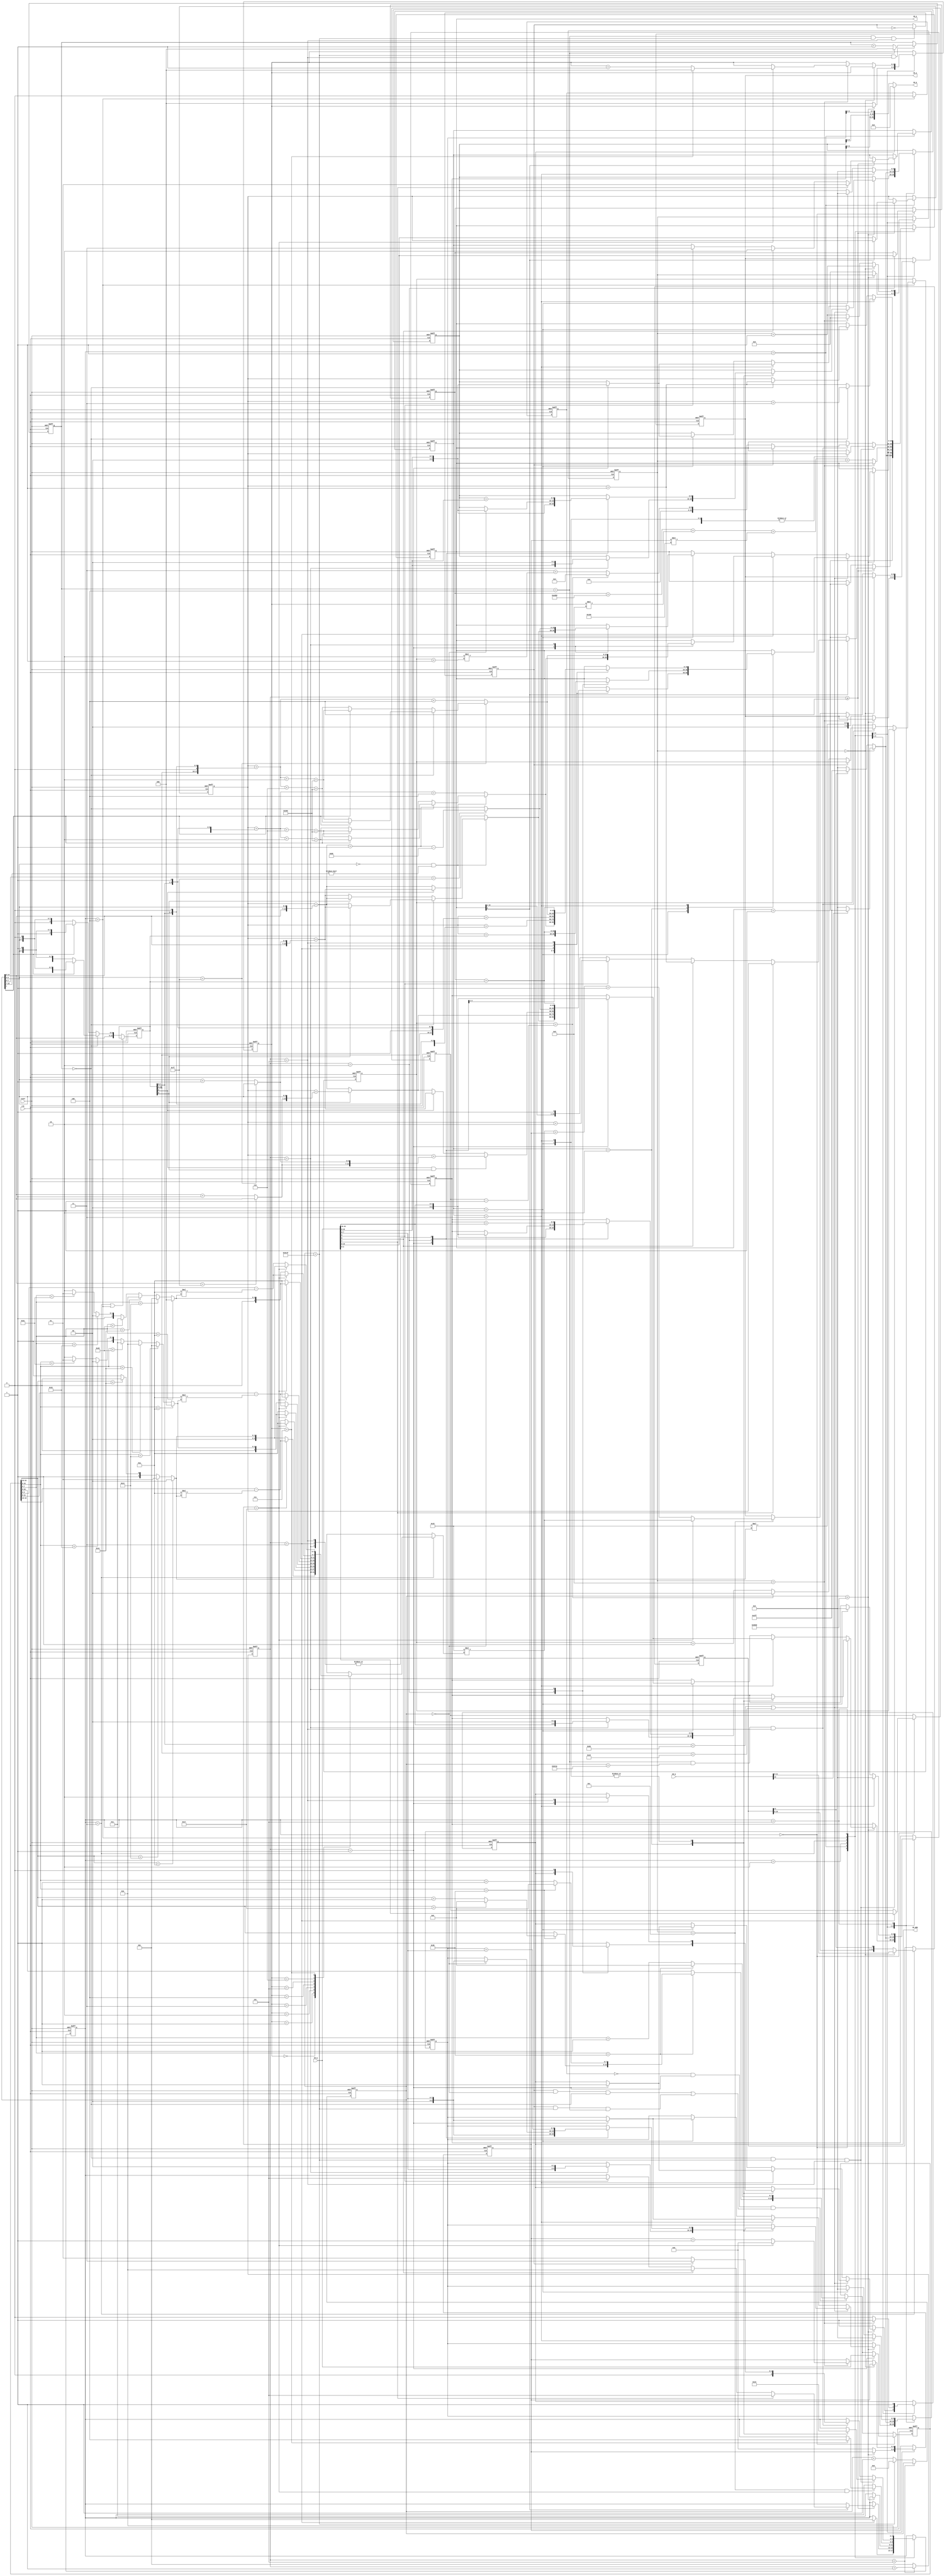

module DPA (clk,reset,IM_A, IM_Q,IM_D,IM_WEN,CR_A,CR_Q);
    input clk;
    input reset;
    output [19:0] IM_A;
    input [23:0] IM_Q;
    output [23:0] IM_D;
    output IM_WEN;      // low for write data
    output [8:0] CR_A;
    input [12:0] CR_Q;

    localparam INIT = 0;        // Get initial time, address of frame buffer, photo number
    localparam READ_HD = 1;     // Get address and size of the photo 
    localparam TRAN = 2;        // Transition
    localparam UPDATE_CLK = 3;  // Update CLK
    localparam WAIT = 4;
    localparam DUMMY = 5;       // dummy stage

    localparam HALF_TRAN = 32768; // 128*256
    localparam BASE_ADDR = 3;  // Beginning of the photo information
    localparam COLON = 10;
    localparam ROW_NUM = 24;

    localparam CLK_BASE_ADDR = 59544; // 256*232 + 152

    reg IM_WEN_w, IM_WEN_r;
    reg e_sec_w, e_sec_r;               // At even second, time should be add 1 second in advance.
    reg [2:0]  state_w, state_r;
    reg [2:0]  s_cnt_r, s_cnt_w;        // small count
    reg [15:0] b_cnt_r, b_cnt_w;        // big count, b_cnt_r = 40000 => 0.2 sec passed.
    reg [2:0]  cnt5_r, cnt5_w;          // if cnt5_r == 5 => 1 sec passed
    reg [19:0] addr_r, addr_w;          // I/O address
    reg [8:0]  ch_addr_r, ch_addr_w;    // Char I/O
    reg [23:0] time_w, time_r;          // Display time
    reg [19:0] FB_addr_w, FB_addr_r;
    reg [2:0]  p_num_w, p_num_r;        // photo number
    reg [19:0] p_addr_w, p_addr_r;      // current photo address
    reg [1:0]  p_size_w, p_size_r;      // current photo size
    reg [1:0]  photo_id_w, photo_id_r;  // current photo id
    reg [11:0] bitmap_w, bitmap_r;      // Buffer for input row of bit map
    reg [2:0]  char_cnt_w, char_cnt_r;  // count for 8 characters => hh:mm:ss
    reg [3:0]  bit_cnt_w, bit_cnt_r;    // count for 13 output pixel
    reg [4:0]  row_cnt_w, row_cnt_r;    // count for 24 rows of bit map for 1 character

    reg [15:0] output_id_w, output_id_r;        // output index for frame buffer

    // buffer (2 additional bits to prevent overflow)
    reg [9:0] red_w, red_r;
    reg [9:0] green_w, green_r;
    reg [9:0] blue_w, blue_r;

    reg [3:0] char_sel;
    reg  first_w, first_r;    // first phtot or not

    // Address offset
    wire [15:0] addr_128_0, addr_128_1, addr_128_2, addr_128_3;
    wire [17:0] addr_512_0, addr_512_1, addr_512_2, addr_512_3;
    wire [6:0]  row_128, col_128;               // edge detection for 128x128 image
    wire [3:0]  hr1, hr0, min1, min0, sec1, sec0;

    assign sec1 = (time_r[7:0]< 8'd10)? 0:
                  (time_r[7:0]< 8'd20)? 1:
                  (time_r[7:0]< 8'd30)? 2:
                  (time_r[7:0]< 8'd40)? 3:
                  (time_r[7:0]< 8'd50)? 4:
                  (time_r[7:0]< 8'd60)? 5: 6; // 6 is used to detect error;
    assign sec0 = time_r[7:0] - 10*sec1;

    assign min1 = (time_r[15:8]< 8'd10)? 0:
                  (time_r[15:8]< 8'd20)? 1:
                  (time_r[15:8]< 8'd30)? 2:
                  (time_r[15:8]< 8'd40)? 3:
                  (time_r[15:8]< 8'd50)? 4:
                  (time_r[15:8]< 8'd60)? 5: 6; // 6 is used to detect error;
    assign min0 = time_r[15:8] - 10*min1;

    assign hr1 = (time_r[23:16]< 8'd10)? 0:
                 (time_r[23:16]< 8'd20)? 1:
                 (time_r[23:16]< 8'd30)? 2: 3; // 3 is used to detect error;
    assign hr0 = time_r[23:16] - 10*hr1;

    // Address offset for photo size = 128x128
    assign row_128 = (b_cnt_r[14:8]==7'd127)? b_cnt_r[14:8]: b_cnt_r[14:8] + 1'b1;
    assign col_128 = (b_cnt_r[6:0]==7'd127)? b_cnt_r[6:0]: b_cnt_r[6:0] + 1'b1;

    assign addr_128_0 = {b_cnt_r[14:8], b_cnt_r[6:0]};  // left  & up
    assign addr_128_1 = {b_cnt_r[14:8], col_128};       // right & up
    assign addr_128_2 = {row_128, b_cnt_r[6:0]};        // left  & down
    assign addr_128_3 = {row_128, col_128};             // right & down

    // Adress offset for photo size = 512x512
    assign addr_512_0 = {output_id_r[15:8], 1'b0, output_id_r[7:0], 1'b0};
    assign addr_512_1 = {output_id_r[15:8], 1'b0, output_id_r[7:0], 1'b1};
    assign addr_512_2 = {output_id_r[15:8], 1'b1, output_id_r[7:0], 1'b0};
    assign addr_512_3 = {output_id_r[15:8], 1'b1, output_id_r[7:0], 1'b1};

    assign IM_A = addr_r;
    assign CR_A = ch_addr_r;
    assign IM_D = (IM_WEN_r)? 24'b0: {red_r[9:2], green_r[9:2], blue_r[9:2]};
    assign IM_WEN = IM_WEN_r;

    always@(*) begin
        state_w = state_r;
        addr_w = addr_r;
        time_w = time_r;
        ch_addr_w = ch_addr_r;
        FB_addr_w = FB_addr_r;
        p_num_w = p_num_r;
        p_addr_w = p_addr_r;
        p_size_w = p_size_r;
        IM_WEN_w = IM_WEN_r;
        red_w = red_r;
        green_w = green_r;
        blue_w = blue_r;
        photo_id_w = photo_id_r;
        e_sec_w = e_sec_r;
        bitmap_w = bitmap_r;
        char_cnt_w = char_cnt_r;
        bit_cnt_w = bit_cnt_r;
        row_cnt_w = row_cnt_r;
        first_w = first_r;
        char_sel = 4'b0;

        // Update output_id
        // check if it is in 0.2 sec ==>
        // check if it is odd row
        if (state_r == UPDATE_CLK || state_r == WAIT) begin
            output_id_w = output_id_r;
        end else begin
            if (cnt5_r==3'd0) begin
                output_id_w = (b_cnt_r[7])? {b_cnt_r[14:0], 1'b0} : {b_cnt_r[14:0], 1'b1};
            end else begin
                output_id_w = (b_cnt_r[7])? {b_cnt_r[14:0], 1'b1} : {b_cnt_r[14:0], 1'b0};
            end
        end

        // Update s_cnt && b_cnt
        if (s_cnt_r < 3'd5) begin
            s_cnt_w = s_cnt_r + 1'b1;
            b_cnt_w = b_cnt_r;
        end else begin
            s_cnt_w = 3'd1;
            b_cnt_w = (b_cnt_r == 16'd39999)? 16'd0: b_cnt_r + 1'b1;
        end

        // Update cnt5
        if (b_cnt_r == 16'd39999 && s_cnt_r==3'd5) begin
            cnt5_w = (cnt5_r == 3'd4)? 3'd0: cnt5_r + 1'b1;
        end else begin
            cnt5_w = cnt5_r;
        end
        
        // Update time:
        // 1. If it is in even second, update clk in advance, excluding the
        // first displayed photo
        // (s_cnt_r==3'd1; b_cnt_r==16'd0; cnt5_r == 3'd4)
        // 2. If it is in odd second, update clk on time
        // (s_cnt_r==3'd1; b_cnt_r==16'd39999; cnt5_r == 3'd4)

        if (~first_r && s_cnt_r==3'd1 && ((e_sec_r && b_cnt_r==16'd0 && cnt5_r==3'd0) || (e_sec_r && b_cnt_r==16'd39999 && cnt5_r==3'd4))) begin
            if (time_r[7:0] == 8'd59) begin             // Check sec
                time_w[7:0] = 8'd0;
                if (time_r[15:8] == 8'd59) begin        // Check min
                    time_w[15:8] = 8'd0;
                    if (time_r[23:16] == 8'd23) begin   // Checl hour
                        time_w[23:16] = 8'd0;
                    end else begin
                        time_w[23:16] = time_r[23:16] + 1'b1;
                    end
                end else begin
                    time_w[15:8] = time_r[15:8] + 1'b1;
                end
            end else begin
                time_w[7:0] = time_r[7:0] + 1'b1;
            end
        end else begin
            time_w = time_r;
        end

        // Update "it is even second or not"
        if (cnt5_r == 3'd4 && b_cnt_r==16'd39999 && s_cnt_r==3'd5) begin
            e_sec_w = ~e_sec_r;
        end else begin
            e_sec_w = e_sec_r;
        end

        case(state_r)
            INIT: begin
                addr_w = addr_r + 1'b1;
                case(s_cnt_r)
                    3'd1: time_w = IM_Q;
                    3'd2: FB_addr_w = IM_Q[19:0];
                    3'd3: begin
                        p_num_w = IM_Q[2:0];
                        state_w = READ_HD;
                    end
                    default: begin
                    end
                endcase
            end
            ////
            READ_HD: begin
                if (s_cnt_r >= 3'd4) begin
                    if (!addr_r[0]) begin // s_cnt_r = 3'd4
                        addr_w = addr_r + 1'b1;
                        p_addr_w = IM_Q[19:0];
                    end else begin       // s_cnt_r = 3'd5
                        if (IM_Q[7]) begin
                            p_size_w = 2'b01; // size: 128x128
                            addr_w = p_addr_r;
                            state_w = DUMMY;
                        end else if (IM_Q[8]) begin
                            p_size_w = 2'b10; // size: 256x256
                            addr_w = p_addr_r + 1'b1;
                            state_w = TRAN;
                        end else if (IM_Q[9]) begin
                            p_size_w = 2'b11; // size: 512x512
                            addr_w = p_addr_r + 2'd2;
                            state_w = DUMMY;
                        end
                    end
                end else begin
                    if (s_cnt_r==3'd3) begin
                        addr_w = addr_r + 1'b1;
                    end
                    state_w = state_r;
                end
            end
            ////
            TRAN: begin // At the beginning, b_cnt_r = 0
                if (b_cnt_r < HALF_TRAN) begin
                    if (output_id_r[7:0] < 8'd152 || output_id_r[15:8] < 8'd232) begin
                        case(p_size_r)
                            2'b01: begin  // 128x128
                                case(s_cnt_r)
                                    3'd1: begin  // output_stage & b_cnt_r change
                                        red_w = IM_Q[23:16];
                                        green_w = IM_Q[15:8];
                                        blue_w = IM_Q[7:0];
                                        IM_WEN_w = 1'b1;
                                        if (b_cnt_r[6:0]==7'd0 && b_cnt_r[15:7]!=9'd0) begin
                                            if (cnt5_r==3'd0) begin
                                                addr_w = (output_id_r[8])? // odd row
                                                         p_addr_r + addr_128_1:
                                                         p_addr_r + addr_128_0;
                                            end else begin
                                                addr_w = (output_id_r[8])? // odd row
                                                         p_addr_r + addr_128_0:
                                                         p_addr_r + addr_128_1;
                                            end
                                        end else begin
                                            if (output_id_r[0]) begin  // odd column
                                                addr_w =  p_addr_r + addr_128_1;
                                            end else begin
                                                addr_w =  p_addr_r + addr_128_0;
                                            end
                                        end
                                    end
                                    3'd2: begin // output_id_r change
                                        if (b_cnt_r ==16'b0) begin
                                            red_w = IM_Q[23:16];                                                                                        
                                            green_w = IM_Q[15:8];
                                            blue_w = IM_Q[7:0];
                                        end else begin
                                            red_w = red_r; 
                                            green_w = green_r;
                                            blue_w = blue_r;
                                        end
                                        ////
                                        if (output_id_r[8]) // odd row
                                            addr_w = p_addr_r + addr_128_2;
                                        else
                                            addr_w = p_addr_r + addr_128_0;
                                    end
                                    3'd3: begin
                                        red_w = red_r + IM_Q[23:16];
                                        green_w = green_r + IM_Q[15:8];
                                        blue_w = blue_r + IM_Q[7:0];
                                        ////
                                        if (output_id_r[0] && output_id_r[8]) // odd column & odd row
                                            addr_w = p_addr_r + addr_128_3;
                                        else begin
                                            if (output_id_r[0]) // odd column & even row
                                                addr_w = p_addr_r + addr_128_1;
                                            else if (output_id_r[8]) // even column & odd row
                                                addr_w = p_addr_r + addr_128_2;
                                            else    // even column & even row
                                                addr_w = p_addr_r + addr_128_0;
                                        end
                                    end
                                    3'd4: begin
                                        red_w = red_r + IM_Q[23:16];
                                        green_w = green_r + IM_Q[15:8];
                                        blue_w = blue_r + IM_Q[7:0];
                                        if (b_cnt_r[7:0]==8'd127) begin
                                            addr_w = p_addr_r + addr_128_0 + 1'b1 - 8'd128;
                                        end else begin
                                            addr_w = p_addr_r + addr_128_0 + 1'b1;
                                        end
                                    end
                                    3'd5: begin
                                        red_w = red_r + IM_Q[23:16];
                                        green_w = green_r + IM_Q[15:8];
                                        blue_w = blue_r + IM_Q[7:0];
                                        IM_WEN_w = 1'b0;
                                        addr_w = FB_addr_r + output_id_r;
                                    end
                                    default: begin
                                    end
                                endcase
                            end
                            2'b10: begin // size: 256x256
                                case(s_cnt_r)
                                    3'd2: begin
                                        addr_w = p_addr_r + output_id_r;
                                    end
                                    3'd4: begin
                                        red_w = {IM_Q[23:16], 2'b0};
                                        green_w = {IM_Q[15:8], 2'b0};
                                        blue_w = {IM_Q[7:0], 2'b0};
                                        IM_WEN_w = 1'b0;
                                        addr_w = FB_addr_r + output_id_r;
                                    end
                                    default: begin
                                        IM_WEN_w = 1'b1;
                                    end
                                endcase
                            end
                            2'b11: begin // size: 512x512
                                case(s_cnt_r)
                                    3'd1: begin // output stage & b_cnt_r change
                                        IM_WEN_w = 1'b1;
                                        if ((b_cnt_r[6:0]==7'd0) && (b_cnt_r[15:7]!=9'd0)) begin
                                            if (cnt5_r == 3'd0) begin
                                                addr_w = (b_cnt_r[7])? 
                                                         p_addr_r + addr_512_1 + 3'd2 + 10'd512:
                                                         p_addr_r + addr_512_1 + 3'd6 + 10'd512;
                                            end else begin
                                                addr_w = (b_cnt_r[7])? 
                                                         p_addr_r + addr_512_1 + 3'd6 + 10'd512:
                                                         p_addr_r + addr_512_1 + 3'd2 + 10'd512;
                                            end
                                        end else begin
                                            addr_w = p_addr_r + addr_512_1 + 3'd4;
                                        end
                                        red_w = IM_Q[23:16];
                                        green_w = IM_Q[15:8];
                                        blue_w = IM_Q[7:0];
                                    end
                                    3'd2: begin // output_id_r change
                                        addr_w = p_addr_r + addr_512_2;
                                        if (b_cnt_r==16'b0) begin
                                            red_w = IM_Q[23:16];
                                            green_w = IM_Q[15:8];
                                            blue_w = IM_Q[7:0];
                                        end else begin
                                            red_w = red_r;
                                            green_w = green_r;
                                            blue_w = blue_r;
                                        end
                                    end
                                    3'd3: begin
                                        addr_w = p_addr_r + addr_512_3;
                                        red_w = red_r + IM_Q[23:16];
                                        green_w = green_r + IM_Q[15:8];
                                        blue_w = blue_r + IM_Q[7:0];
                                    end
                                    3'd4: begin
                                        ////
                                        if (b_cnt_r[6:0]==7'd127) begin
                                            if (cnt5_r == 3'd0) begin
                                                addr_w = (b_cnt_r[7])? 
                                                         p_addr_r + addr_512_0 + 3'd6 + 10'd512:
                                                         p_addr_r + addr_512_0 + 3'd2 + 10'd512;
                                            end else begin
                                                addr_w = (b_cnt_r[7])? 
                                                         p_addr_r + addr_512_0 + 3'd2 + 10'd512:
                                                         p_addr_r + addr_512_0 + 3'd6 + 10'd512;
                                            end
                                        end else begin
                                            addr_w = p_addr_r + addr_512_0 + 3'd4;
                                        end
                                        ////
                                        red_w = red_r + IM_Q[23:16];
                                        green_w = green_r + IM_Q[15:8];
                                        blue_w = blue_r + IM_Q[7:0];
                                    end
                                    3'd5: begin // At the same time, b_cnt_w = b_cnt_r + 1'b1;
                                        IM_WEN_w = 1'b0;
                                        addr_w = FB_addr_r + output_id_r;
                                        red_w = red_r + IM_Q[23:16];
                                        green_w = green_r + IM_Q[15:8];
                                        blue_w = blue_r + IM_Q[7:0];
                                    end
                                    default: begin
                                    end
                                endcase
                            end
                            default: begin
                            end
                        endcase
                    end else begin
                        if (p_size_r==2'b11) begin
                            case(s_cnt_r)
                                3'd1: begin
                                    IM_WEN_w = 1'b1;
                                    if ((b_cnt_r[6:0]==7'd0) && (b_cnt_r[15:7]!=9'd0)) begin
                                        if (cnt5_r == 3'd0) begin
                                            addr_w = (b_cnt_r[7])? 
                                                     p_addr_r + addr_512_1 + 3'd2 + 10'd512:
                                                     p_addr_r + addr_512_1 + 3'd6 + 10'd512;
                                        end else begin
                                            addr_w = (b_cnt_r[7])? 
                                                     p_addr_r + addr_512_1 + 3'd6 + 10'd512:
                                                     p_addr_r + addr_512_1 + 3'd2 + 10'd512;
                                        end
                                    end else begin
                                        addr_w = p_addr_r + addr_512_1 + 3'd4;
                                    end
                                    red_w = IM_Q[23:16];
                                    green_w = IM_Q[15:8];
                                    blue_w = IM_Q[7:0];
                                end
                                3'd4: begin
                                    if (b_cnt_r[6:0]==7'd127) begin
                                        if (cnt5_r == 3'd0) begin
                                            addr_w = (b_cnt_r[7])? 
                                                     p_addr_r + addr_512_0 + 3'd6 + 10'd512:
                                                     p_addr_r + addr_512_0 + 3'd2 + 10'd512;
                                        end else begin
                                            addr_w = (b_cnt_r[7])? 
                                                     p_addr_r + addr_512_0 + 3'd2 + 10'd512:
                                                     p_addr_r + addr_512_0 + 3'd6 + 10'd512;
                                        end
                                    end else begin
                                        addr_w = p_addr_r + addr_512_0 + 3'd4;
                                    end
                                end
                                default: begin
                                    addr_w = addr_r;
                                end
                            endcase
                        end else if (p_size_r==2'b01) begin
                            case(s_cnt_r)
                                3'd1: begin
                                    red_w = IM_Q[23:16];
                                    green_w = IM_Q[15:8];
                                    blue_w = IM_Q[7:0];
                                    IM_WEN_w = 1'b1;
                                    if (b_cnt_r[6:0]==7'd0 && b_cnt_r[15:7]!=9'd0) begin
                                        if (cnt5_r==3'd0) begin
                                            addr_w = (output_id_r[8])? // odd row
                                                     p_addr_r + addr_128_1:
                                                     p_addr_r + addr_128_0;
                                        end else begin
                                            addr_w = (output_id_r[8])? // odd row
                                                     p_addr_r + addr_128_0:
                                                     p_addr_r + addr_128_1;
                                        end
                                    end else begin
                                        if (output_id_r[0]) begin  // odd column
                                            addr_w =  p_addr_r + addr_128_1;
                                        end else begin
                                            addr_w =  p_addr_r + addr_128_0;
                                        end
                                    end
                                end
                                3'd4: begin
                                    if (b_cnt_r[7:0]==8'd127) begin
                                        addr_w = p_addr_r + addr_128_0 + 1'b1 - 8'd128;
                                    end else begin
                                        addr_w = p_addr_r + addr_128_0 + 1'b1;
                                    end
                                end
                                default: begin
                                    addr_w = addr_r;
                                end
                            endcase
                        end
                    end
                end else begin
                    IM_WEN_w = 1'b1;
                    state_w = UPDATE_CLK;
                    ch_addr_w = ROW_NUM*hr1;
                    bit_cnt_w = 4'd0;
                    row_cnt_w = 5'd0;
                    char_cnt_w = 3'd0;
                end
            end
            UPDATE_CLK: begin
                ////
                if  (bit_cnt_r==4'd12 && row_cnt_r==5'd23) begin
                    state_w = (char_cnt_r==3'd7)? WAIT: state_r;
                end
                ////
                if (bit_cnt_r == 4'd13) begin
                    addr_w = addr_r;
                    IM_WEN_w = 1'b1;
                end else begin
                    addr_w = FB_addr_r + CLK_BASE_ADDR + char_cnt_r*13 + row_cnt_r*256 + bit_cnt_r;
                    IM_WEN_w = 1'b0;
                end
                ////
                case(char_cnt_r)
                    3'd0: char_sel = (row_cnt_r==5'd23)? hr0: hr1;
                    3'd1: char_sel = (row_cnt_r==5'd23)? COLON: hr0; 
                    3'd2: char_sel = (row_cnt_r==5'd23)? min1:COLON; 
                    3'd3: char_sel = (row_cnt_r==5'd23)? min0: min1; 
                    3'd4: char_sel = (row_cnt_r==5'd23)? COLON: min0; 
                    3'd5: char_sel = (row_cnt_r==5'd23)? sec1: COLON; 
                    3'd6: char_sel = (row_cnt_r==5'd23)? sec0: sec1; 
                    3'd7: char_sel = (row_cnt_r==5'd23)? hr1: sec0; 
                endcase
                ////
                bit_cnt_w = bit_cnt_r + 1'b1;
                if (bit_cnt_r == 4'd0) begin
                    bitmap_w = CR_Q[11:0];
                    red_w = (CR_Q[12])? 10'd1023: 10'd0;
                    green_w = (CR_Q[12])? 10'd1023: 10'd0;
                    blue_w = (CR_Q[12])? 10'd1023: 10'd0;
                end else begin
                    if (bit_cnt_r == 4'd13) begin
                        if (row_cnt_r == 5'd23) begin
                            row_cnt_w = 5'd0;
                            char_cnt_w = (char_cnt_r==3'd7)? 3'd0: char_cnt_r + 1'b1;
                        end else begin
                            row_cnt_w = row_cnt_r + 1'b1;
                        end
                        bit_cnt_w = 4'd0;
                    end else if (bit_cnt_r == 4'd12) begin
                        if (row_cnt_r == 5'd23) begin
                            ch_addr_w = ROW_NUM*char_sel;
                        end else begin
                            ch_addr_w = ROW_NUM*char_sel + row_cnt_r + 1'b1;
                        end
                    end

                    bitmap_w = {bitmap_r[10:0], bitmap_r[11]};
                    red_w = (bitmap_r[11])? 10'd1023: 10'd0;
                    green_w = (bitmap_r[11])? 10'd1023: 10'd0;
                    blue_w = (bitmap_r[11])? 10'd1023: 10'd0;
                end
                ////
            end
            WAIT: begin
                IM_WEN_w = 1'b1;
                first_w = 1'b0;
                if (cnt5_r==3'd0 && b_cnt_r == 16'd39999 && s_cnt_r==3'd5) begin
                    case(p_size_r)
                        2'b01: begin                // size: 128x128
                            addr_w = p_addr_r;
                            state_w = DUMMY;
                        end
                        2'b10: begin
                            addr_w = p_addr_r;      // size: 256x256
                            state_w = TRAN;
                        end
                        2'b11: begin                // size: 512x512
                            addr_w = p_addr_r;
                            state_w = DUMMY;
                        end
                    endcase
                end else if (cnt5_r==3'd4 && b_cnt_r==16'd39998 && s_cnt_r==3'd5) begin
                    if (e_sec_r) begin
                        state_w = UPDATE_CLK;
                    end else begin
                        state_w = READ_HD;
                        if (photo_id_r == p_num_r-1'b1) begin
                            addr_w = BASE_ADDR;
                            photo_id_w = 2'd0;
                        end else begin
                            addr_w = BASE_ADDR + 2*(photo_id_r + 1'b1);
                            photo_id_w = photo_id_r + 1'b1;
                        end
                    end
                end
            end
            DUMMY: begin
                state_w = TRAN;
                if (p_size_r==2'b11) begin
                    addr_w = (cnt5_r==3'd0)? p_addr_r+2'd3: p_addr_r+2'd1;
                    red_w = 10'b0;
                    green_w = 10'b0;
                    blue_w = 10'b0;
                end else if (p_size_r==2'b01) begin
                    addr_w = (cnt5_r==3'd0)? p_addr_r+2'd1: p_addr_r;
                    red_w = 10'b0;
                    green_w = 10'b0;
                    blue_w = 10'b0;
                end
            end
        endcase
    end

    always@(posedge clk or posedge reset) begin
        if (reset) begin
            IM_WEN_r <= 1'b1;
            s_cnt_r <= 3'b0;
            b_cnt_r <= 16'hffff;
            cnt5_r <= 3'b0;
            state_r <= INIT;
            addr_r <= 20'b0;
            time_r <= 24'b0;
            ch_addr_r <= 9'b0;
            FB_addr_r <= 20'b0;
            p_num_r <= 3'b0;
            p_addr_r <= 20'b0;
            p_size_r <= 2'b0;
            red_r <= 10'b0;
            green_r <= 10'b0;
            blue_r <= 10'b0;
            output_id_r <= 16'b0;
            photo_id_r <= 2'b0;
            e_sec_r <= 1'b1;
            bitmap_r <= 12'b0;
            char_cnt_r <= 3'b0;
            bit_cnt_r <= 4'b0;
            row_cnt_r <= 5'b0;
            first_r <= 1'b1;

        end else begin
            IM_WEN_r <= IM_WEN_w;
            s_cnt_r <= s_cnt_w;
            b_cnt_r <= b_cnt_w;
            cnt5_r <= cnt5_w;
            state_r <= state_w;
            addr_r <= addr_w;
            time_r <= time_w;
            ch_addr_r <= ch_addr_w;
            FB_addr_r <= FB_addr_w;
            p_num_r <= p_num_w;
            p_addr_r <= p_addr_w;
            p_size_r <= p_size_w;
            red_r <= red_w;
            green_r <= green_w;
            blue_r <= blue_w;
            output_id_r <= output_id_w;
            photo_id_r <= photo_id_w;
            e_sec_r <= e_sec_w;
            bitmap_r <= bitmap_w;
            char_cnt_r <= char_cnt_w;
            bit_cnt_r <= bit_cnt_w;
            row_cnt_r <= row_cnt_w;
            first_r <= first_w;
        end
    end

endmodule